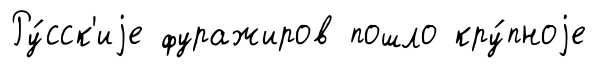
Ру́сск'иjе фуражиров пошло кру́пноjе